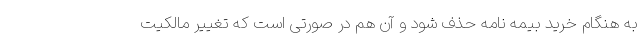
به هنگام خرید بیمه نامه حذف شود و آن هم در صورتی است که تغییر مالکیت